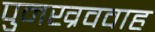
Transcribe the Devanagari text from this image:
पुनख्रववाह